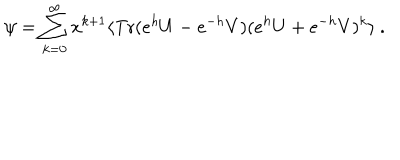
\psi = \sum _ { k = 0 } ^ { \infty } x ^ { k + 1 } \langle \mathrm { T r } ( e ^ { h } U - e ^ { - h } V ) ( e ^ { h } U + e ^ { - h } V ) ^ { k } \rangle \ .